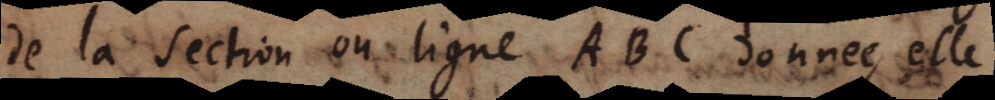
de la section ou ligne ABC donnée, elle